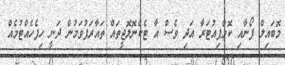
މޮބައިލް ފޯނާއި ކޮމްޕިއުޓަރާ އަދި ވެސް އާ ޓެކްނޮލޮޖީތައް ތައާރަފުވަމުން ދަނީ ހިފެހެއްޓުމެއް